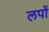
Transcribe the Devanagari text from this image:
लपों